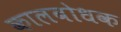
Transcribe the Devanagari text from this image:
कालबोधक